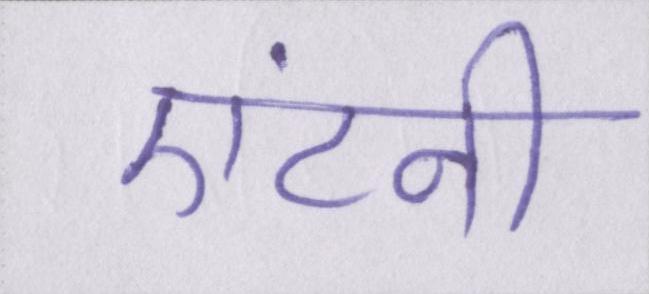
एंटनी